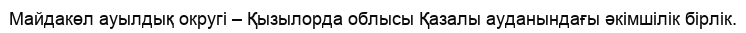
Майдакөл ауылдық округі – Қызылорда облысы Қазалы ауданындағы әкімшілік бірлік.